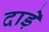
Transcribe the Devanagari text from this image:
दाड़े